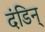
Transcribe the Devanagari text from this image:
दंडिन्